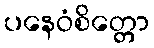
ပနေဝံစိတ္တော